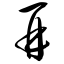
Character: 再